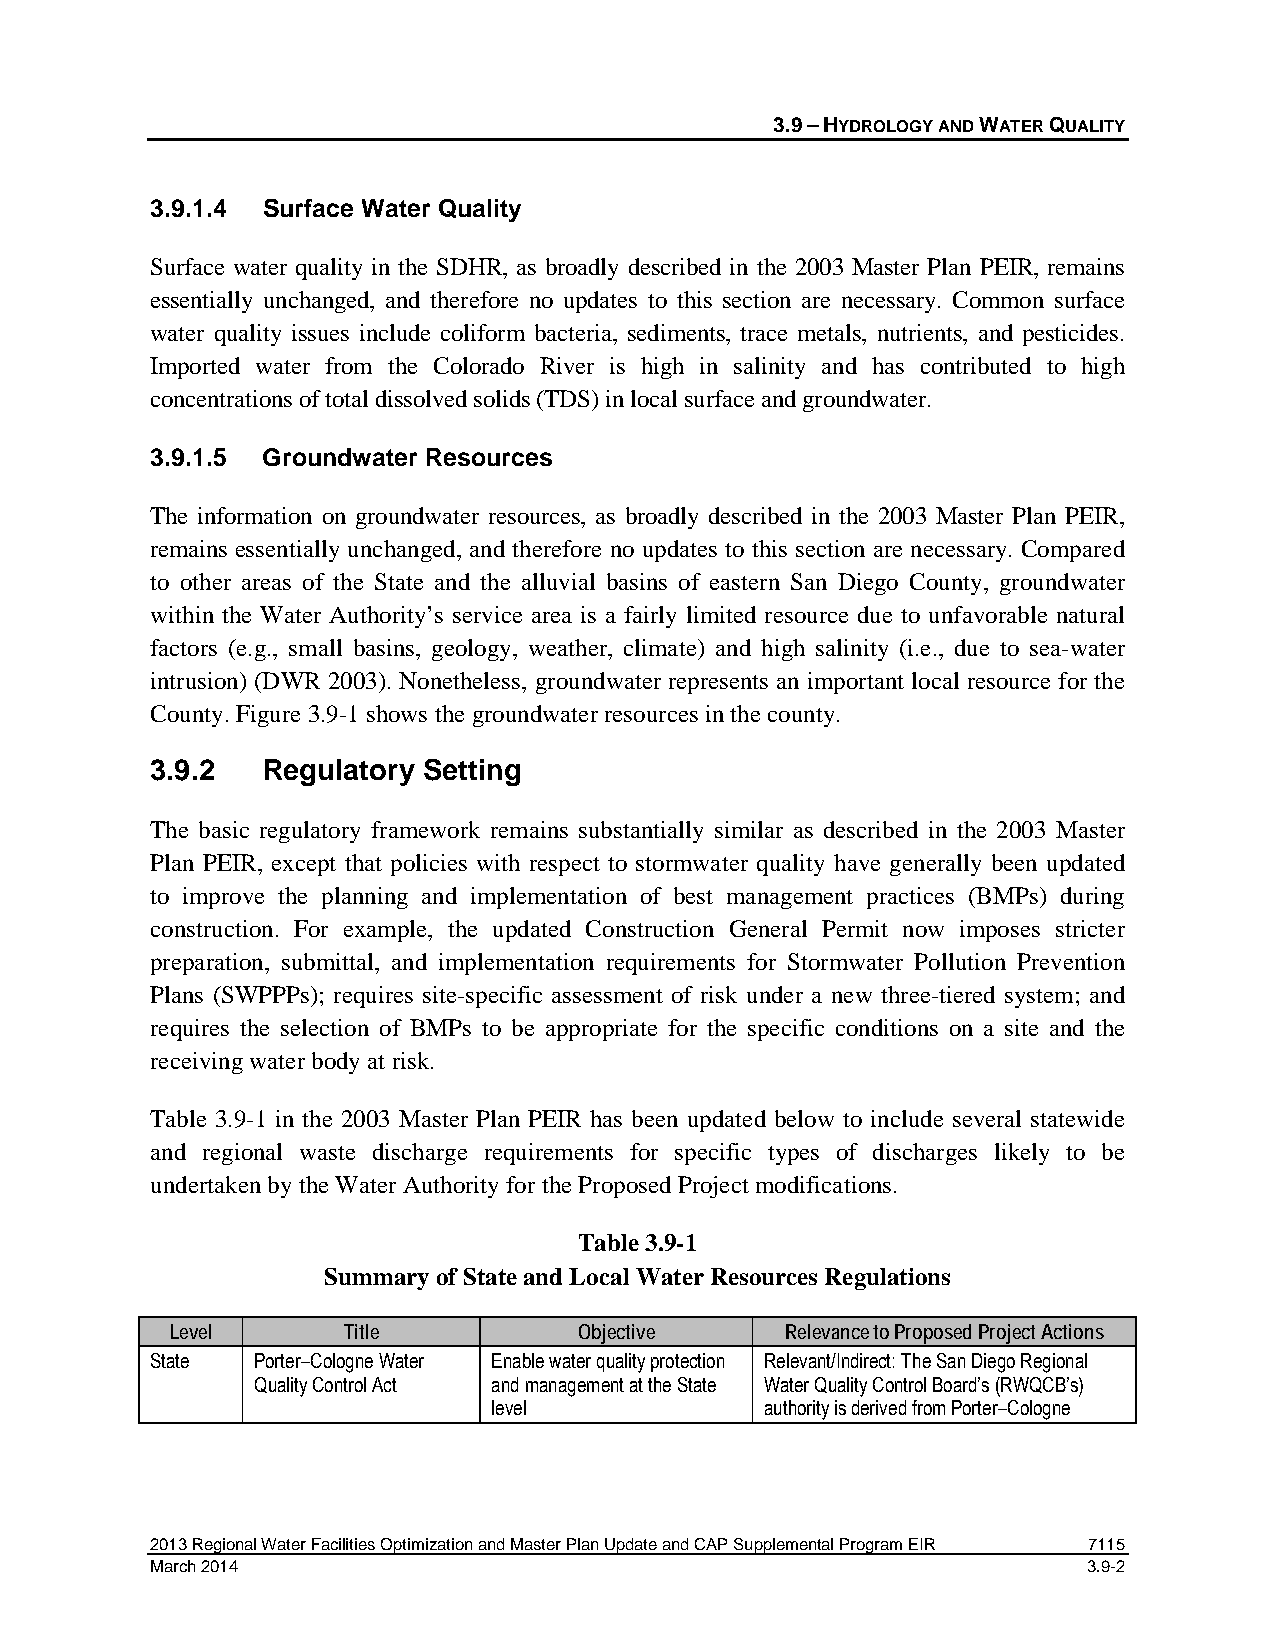
3.9 – HYDROLOGY AND WATER QUALITY
 3.9.1.4 Surface Water Quality
 Surface water quality in the SDHR, as broadly described in the 2003 Master Plan PEIR, remains
 essentially unchanged, and therefore no updates to this section are necessary. Common surface
 water quality issues include coliform bacteria, sediments, trace metals, nutrients, and pesticides.
 Imported water from the Colorado River is high in salinity and has contributed to high
 concentrations of total dissolved solids (TDS) in local surface and groundwater.
 3.9.1.5 Groundwater Resources
 The information on groundwater resources, as broadly described in the 2003 Master Plan PEIR,
 remains essentially unchanged, and therefore no updates to this section are necessary. Compared
 to other areas of the State and the alluvial basins of eastern San Diego County, groundwater
 within the Water Authority’s service area is a fairly limited resource due to unfavorable natural
 factors (e.g., small basins, geology, weather, climate) and high salinity (i.e., due to sea-water
 intrusion) (DWR 2003). Nonetheless, groundwater represents an important local resource for the
 County. Figure 3.9-1 shows the groundwater resources in the county.
 3.9.2  Regulatory Setting
 The basic regulatory framework remains substantially similar as described in the 2003 Master
 Plan PEIR, except that policies with respect to stormwater quality have generally been updated
 to improve the planning and implementation of best management practices (BMPs) during
 construction. For example, the updated Construction General Permit now imposes stricter
 preparation, submittal, and implementation requirements for Stormwater Pollution Prevention
 Plans (SWPPPs); requires site-specific assessment of risk under a new three-tiered system; and
 requires the selection of BMPs to be appropriate for the specific conditions on a site and the
 receiving water body at risk.
 Table 3.9-1 in the 2003 Master Plan PEIR has been updated below to include several statewide
 and regional waste discharge requirements for specific types of discharges likely to be
 undertaken by the Water Authority for the Proposed Project modifications.
 Table 3.9-1
 Summary of State and Local Water Resources Regulations
 Level       Title          Objective     Relevance to Proposed Project Actions
 State  Porter–Cologne Water Enable water quality protection Relevant/Indirect: The San Diego Regional
 Quality Control Act and management at the State Water Quality Control Board’s (RWQCB’s)
 level             authority is derived from Porter–Cologne
 2013 Regional Water Facilities Optimization and Master Plan Update and CAP Supplemental Program EIR 7115
 March 2014                                                    3.9-2